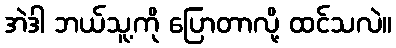
အဲဒါ ဘယ်သူ့ကို ပြောတာလို့ ထင်သလဲ။